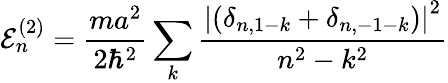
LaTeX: \mathcal{E}_{n}^{(2)}={\frac{{ma^{2}}}{{2\hbar^{2}}}}\sum_{k}{\frac{{\left|\left(\delta_{n,1-k}+\delta_{n,-1-k}\right)\right|^{2}}}{{n^{2}-k^{2}}}}